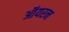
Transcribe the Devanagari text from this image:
ऑयरन